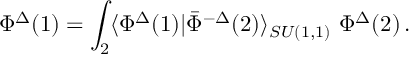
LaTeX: \Phi ^ { \Delta } ( 1 ) = \int _ { 2 } \langle \Phi ^ { \Delta } ( 1 ) | \bar { \Phi } ^ { - \Delta } ( 2 ) \rangle _ { S U ( 1 , 1 ) } \ \Phi ^ { \Delta } ( 2 ) \, .